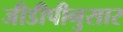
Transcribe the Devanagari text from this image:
जीडीपीनुसार